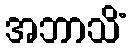
အဘာသိံ